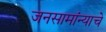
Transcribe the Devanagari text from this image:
जनसामांन्याचे